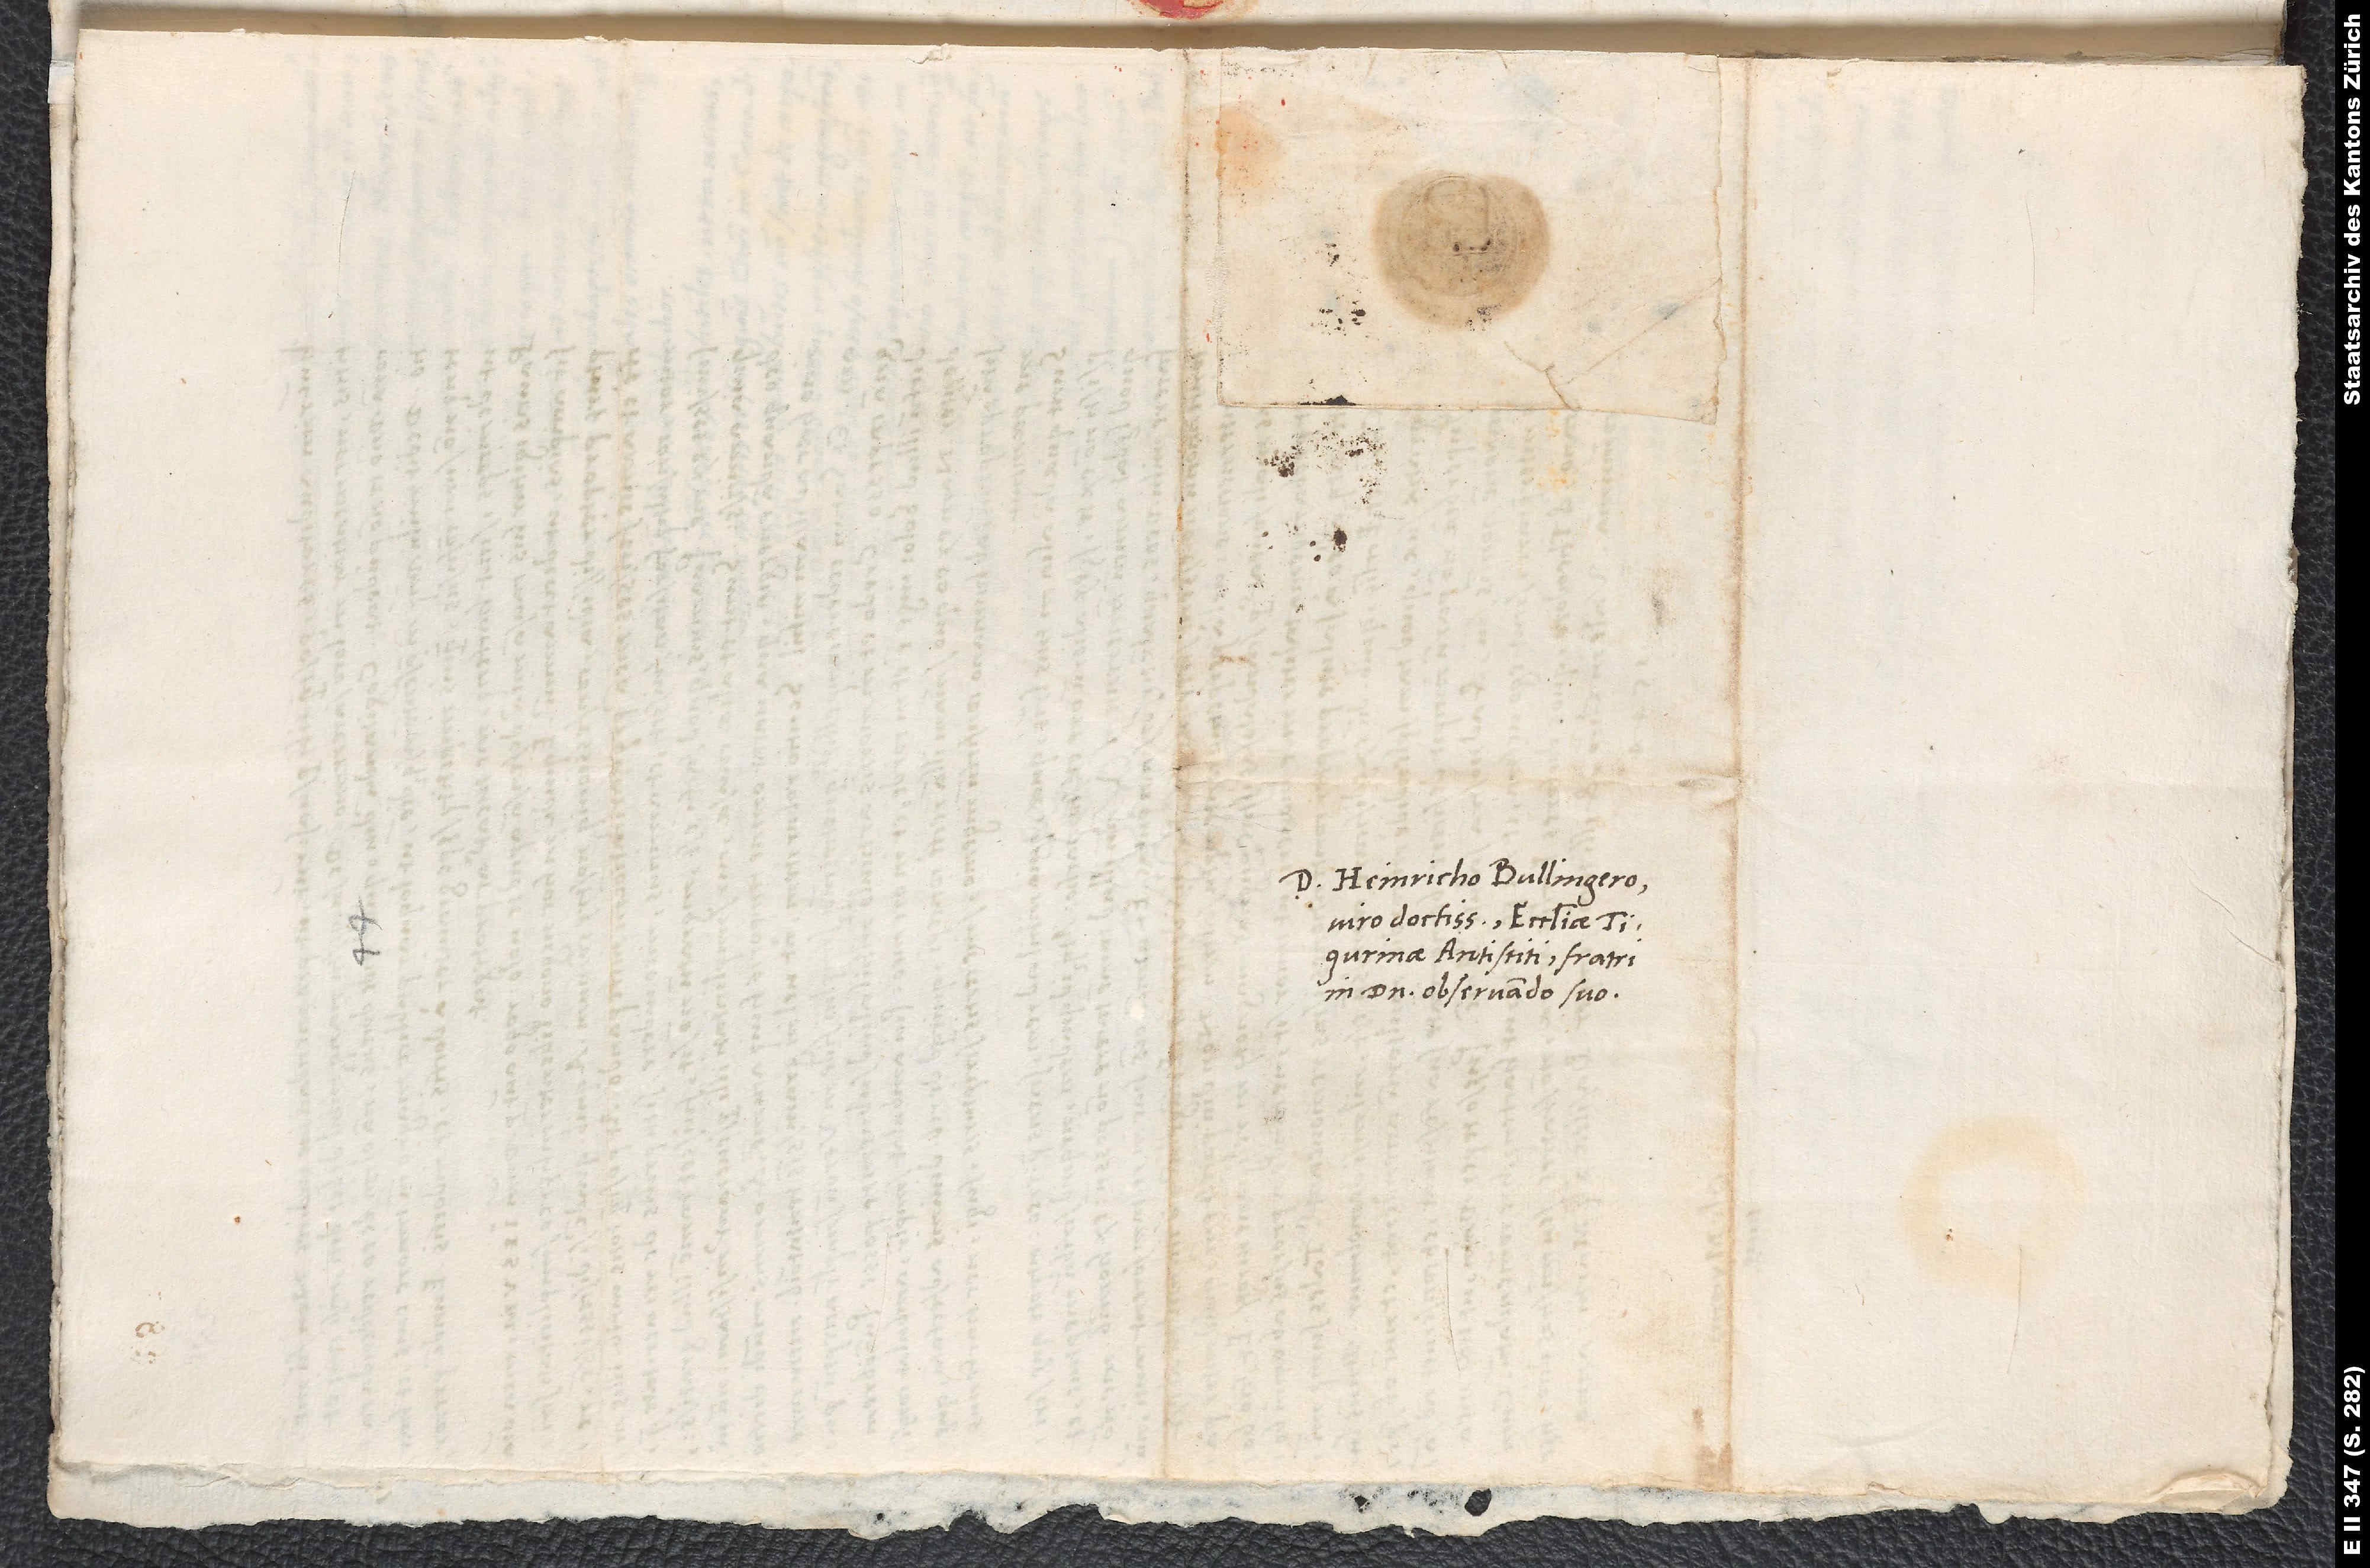
D. Heinricho Bullingero,
viro doctissimo, ecclesiae
Tigurinae antistiti, fratri
in domino observando suo.